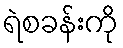
ရဲစခန်းကို